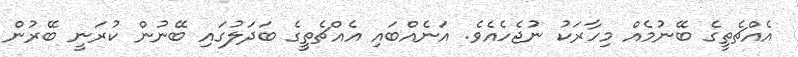
އެއްޗެތީގެ ބޭނުމެއް މިހާރަކު ނުޖެހެއެވެ. އަނެއްބައި އެއްޗެތީގެ ބަދަލުގައި ބޭނުން ކުރަނީ ބޭރުން